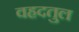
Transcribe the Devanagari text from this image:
वहदतुल